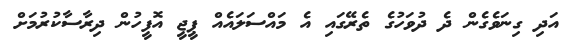
އަދި ގިނަވެގެން ދެ ދުވަހުގެ ތެރޭގައި އެ މައްސަލައެއް ޕީޖީ އޮފީހުން ދިރާސާކުރުމަށް